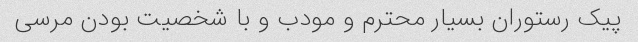
پیک رستوران بسیار محترم و مودب و با شخصیت بودن مرسی